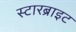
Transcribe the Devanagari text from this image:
स्टारब्राइट